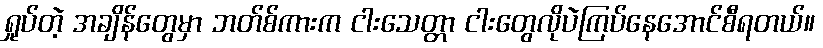
ရှုပ်တဲ့ အချိန်တွေမှာ ဘတ်စ်ကားက ငါးသေတ္တာ ငါးတွေလိုပဲကြပ်နေအောင်စီရတယ်။